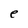
Character: e